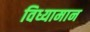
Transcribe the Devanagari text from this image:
विध्यामान